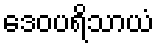
ဒေဝပရိသာယံ